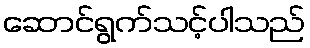
ဆောင်ရွက်သင့်ပါသည်